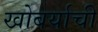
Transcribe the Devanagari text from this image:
खोबर्याची